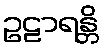
ဥဠာရန္တိ